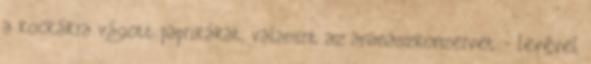
a kockákra vágott paprikákat, valamint az ananászkonzervet - levével